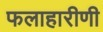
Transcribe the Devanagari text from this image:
फलाहारीणी